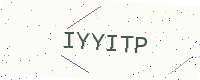
Text: IYYITP